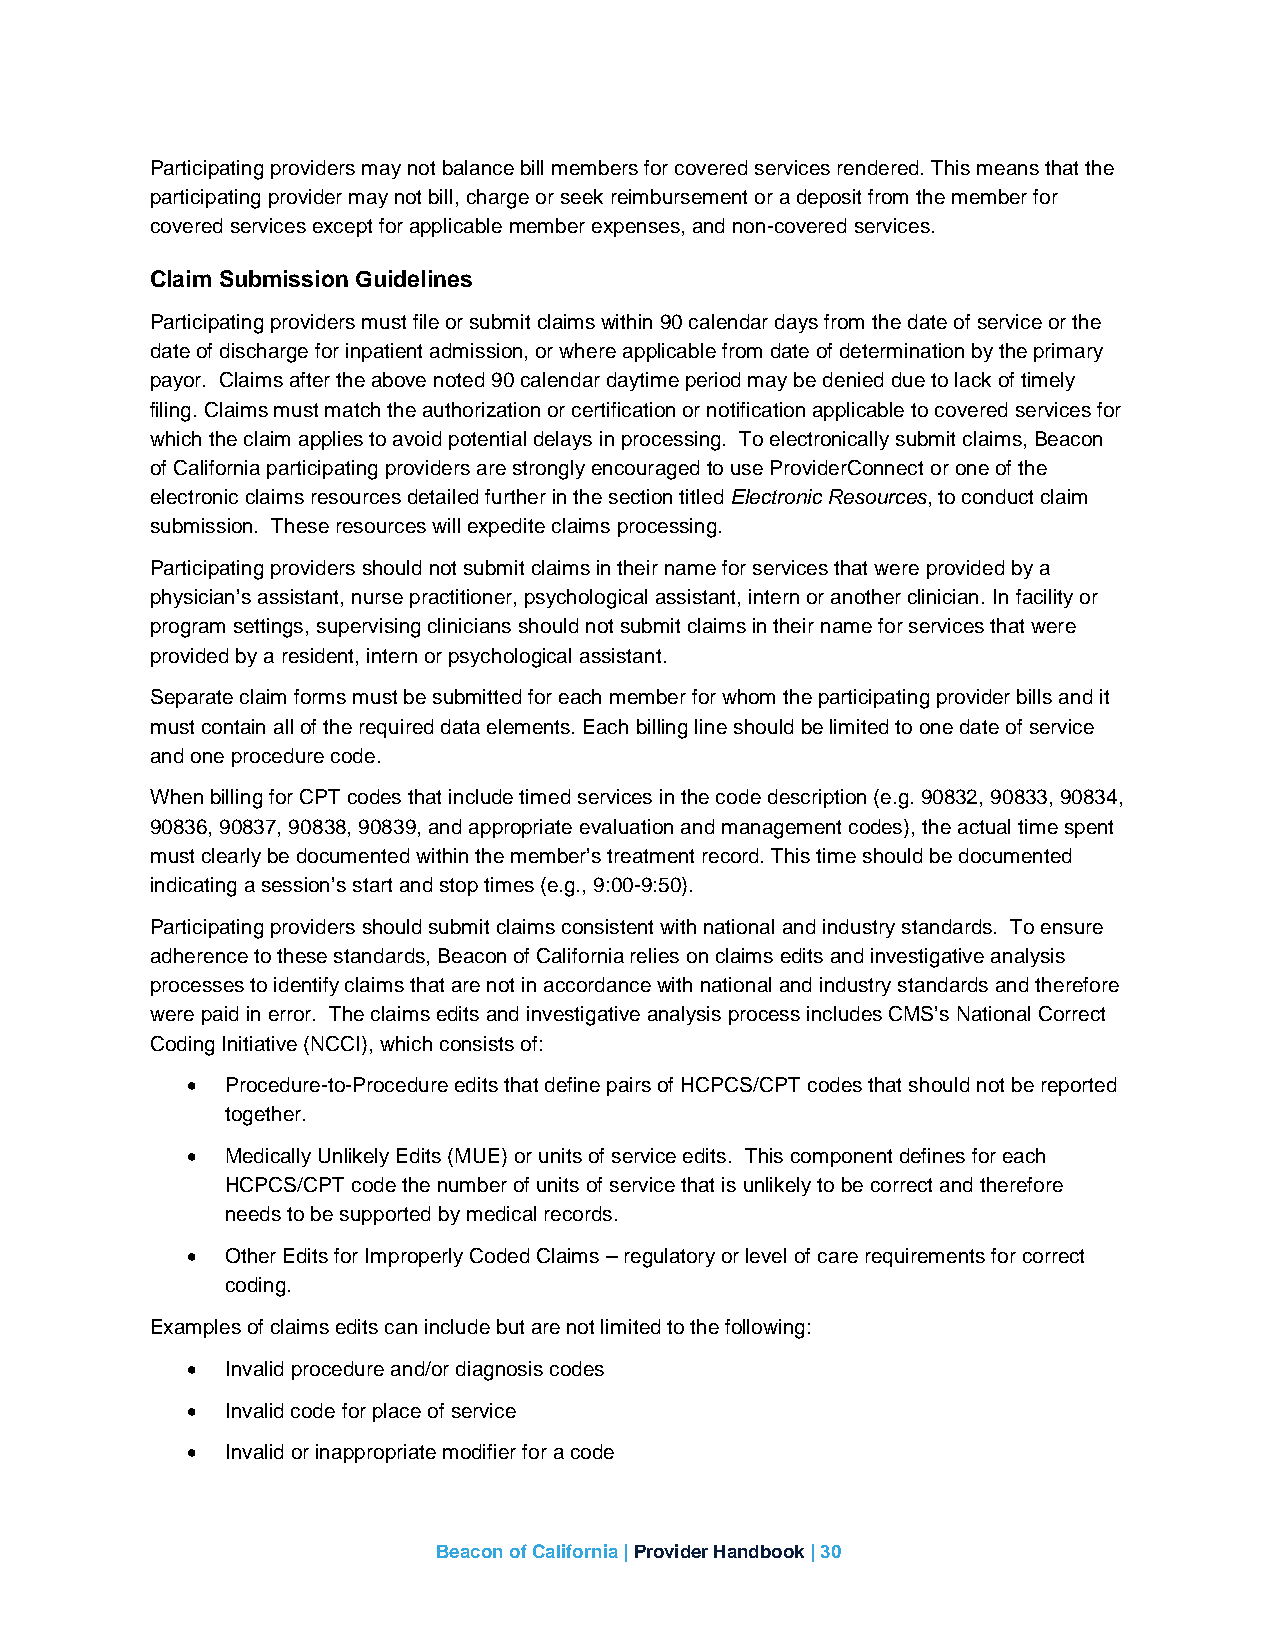
Participating providers may not balance bill members for covered services rendered. This means that the
 participating provider may not bill, charge or seek reimbursement or a deposit from the member for
 covered services except for applicable member expenses, and non-covered services.
 Claim Submission Guidelines
 Participating providers must file or submit claims within 90 calendar days from the date of service or the
 date of discharge for inpatient admission, or where applicable from date of determination by the primary
 payor. Claims after the above noted 90 calendar daytime period may be denied due to lack of timely
 filing. Claims must match the authorization or certification or notification applicable to covered services for
 which the claim applies to avoid potential delays in processing. To electronically submit claims, Beacon
 of California participating providers are strongly encouraged to use ProviderConnect or one of the
 electronic claims resources detailed further in the section titled Electronic Resources, to conduct claim
 submission. These resources will expedite claims processing.
 Participating providers should not submit claims in their name for services that were provided by a
 physician’s assistant, nurse practitioner, psychological assistant, intern or another clinician. In facility or
 program settings, supervising clinicians should not submit claims in their name for services that were
 provided by a resident, intern or psychological assistant.
 Separate claim forms must be submitted for each member for whom the participating provider bills and it
 must contain all of the required data elements. Each billing line should be limited to one date of service
 and one procedure code.
 When billing for CPT codes that include timed services in the code description (e.g. 90832, 90833, 90834,
 90836, 90837, 90838, 90839, and appropriate evaluation and management codes), the actual time spent
 must clearly be documented within the member’s treatment record. This time should be documented
 indicating a session’s start and stop times (e.g., 9:00-9:50).
 Participating providers should submit claims consistent with national and industry standards. To ensure
 adherence to these standards, Beacon of California relies on claims edits and investigative analysis
 processes to identify claims that are not in accordance with national and industry standards and therefore
 were paid in error. The claims edits and investigative analysis process includes CMS’s National Correct
 Coding Initiative (NCCI), which consists of:
 •  Procedure-to-Procedure edits that define pairs of HCPCS/CPT codes that should not be reported
 together.
 •  Medically Unlikely Edits (MUE) or units of service edits. This component defines for each
 HCPCS/CPT code the number of units of service that is unlikely to be correct and therefore
 needs to be supported by medical records.
 •  Other Edits for Improperly Coded Claims – regulatory or level of care requirements for correct
 coding.
 Examples of claims edits can include but are not limited to the following:
 •  Invalid procedure and/or diagnosis codes
 •  Invalid code for place of service
 •  Invalid or inappropriate modifier for a code
 Beacon of California | Provider Handbook | 30